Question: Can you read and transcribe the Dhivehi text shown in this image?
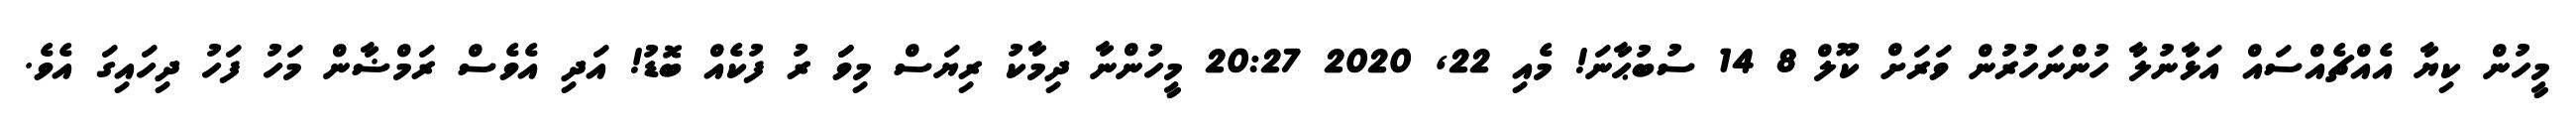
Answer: މީހުން ކިޔާ އެއްޗެއްސައް އަޅާނުލާ ހުންނަހުރުން ވަރަށް ކޫލް 8 14 ސުބުޙާނަ! މެއި 22, 2020 20:27 މީހުންނާ ދިމާކު ރިޔަސް މިވަަ ރު ފުކެއް ބޮޑު! އަދި އެވެސް ރަމްޟާން މަހު ފަހު ދިހައިގަ އެވެ.